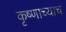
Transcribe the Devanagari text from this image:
कृष्णाच्याच